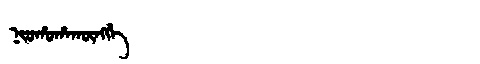
Manchu: ᠨᡳᠣᡥᠣᡥᠠᡴᡡᠩᡤᡝ
Romanization: NIOHOHAKŪNGGE